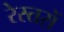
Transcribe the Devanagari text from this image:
रेस्तरों